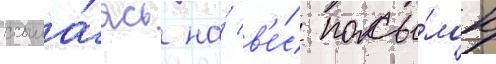
ссыла́ясь на́ в'е́с посы́лок